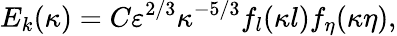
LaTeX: E_{k}(\kappa)=C\varepsilon^{2/3}\kappa^{-5/3}f_{l}(\kappa l)f_{\eta}(\kappa\eta),